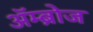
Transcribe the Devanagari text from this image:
अॅम्ब्रोज